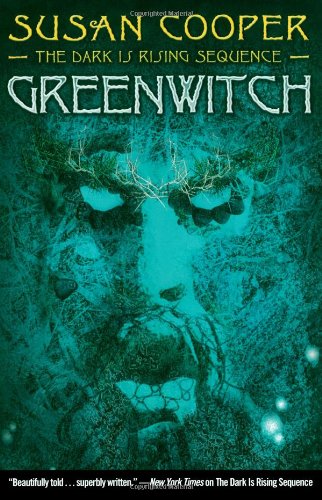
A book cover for Greenwitch (The Dark Is Rising Sequence); Susan Cooper; Children's Books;